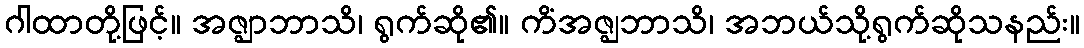
ဂါထာတို့ဖြင့်။ အဇ္ဈာဘာသိ၊ ရွက်ဆို၏။ ကိံအဇ္ဈဘာသိ၊ အဘယ်သို့ရွက်ဆိုသနည်း။